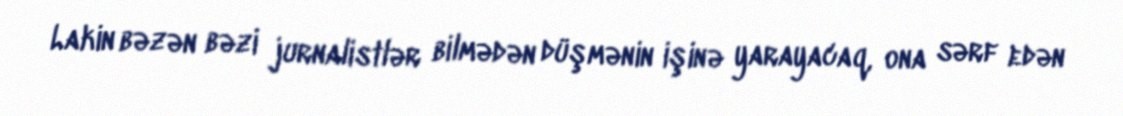
Lakin bəzən bəzi jurnalistlər bilmədən düşmənin işinə yarayacaq, ona sərf edən